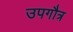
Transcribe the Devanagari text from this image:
उपगौत्र